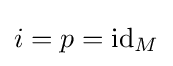
i=p=\mathrm {id} _{M}